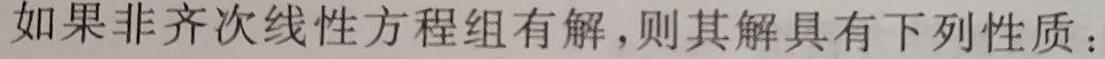
如果非齐次线性方程组有解，则其解具有下列性质：